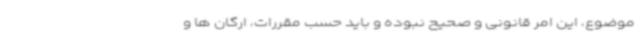
موضوع، این امر قانونی و صحیح نبوده و باید حسب مقررات، ارگان ها و